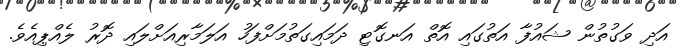
އަދި ވަގުތުން ޝައުފާ އަތުގައި އޮތް އަނގޮޓި ދަމައިގަތުމަށްފަހު އަލަމާރިއަށްލައި ދޮރު ލެއްޕިއެވެ.